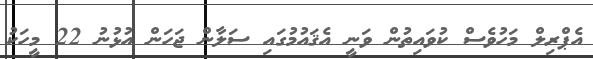
އެޕްރިލް މަހުވެސް ކުވައިތުން ވަނީ އެޤައުމުގައި ސަލާން ޖަހަން އުޅުނު 22 މީހަކު